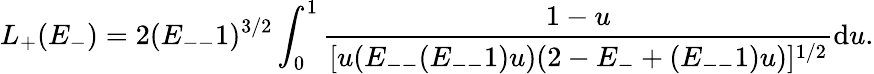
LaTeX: L_{+}(E_{-})=2(E_{--}1)^{3/2}\int_{0}^{1}\frac{1-u}{[u(E_{--}(E_{--}1)u)(2-E_{-}+(E_{--}1)u)]^{1/2}}\mathrm{d}u.